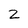
Character: 2